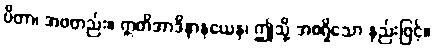
ပိတာ၊ အဖတည်း။ ဣတိအာဒိနာနယေန၊ ဤသို့ အစရှိသော နည်းဖြင့်။